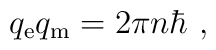
q_{\rm e} q_{\rm m} = 2\pi n \hbar\ ,